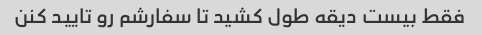
فقط بیست دیقه طول کشید تا سفارشم رو تایید کنن